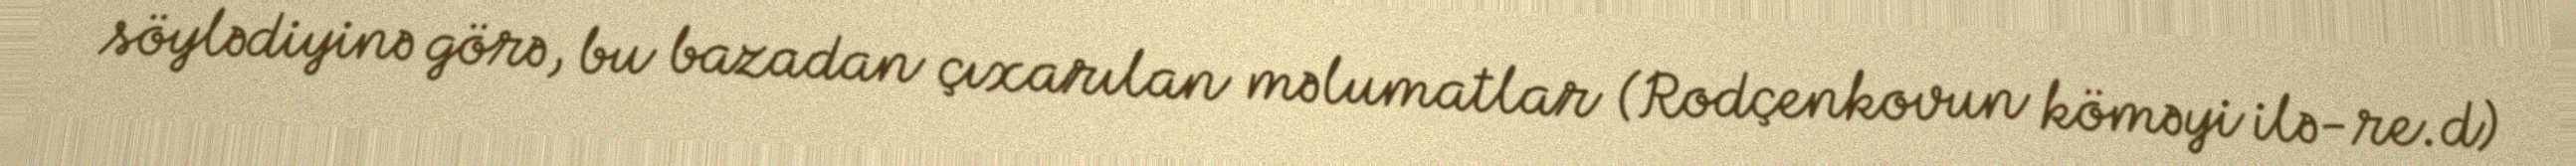
söylədiyinə görə, bu bazadan çıxarılan məlumatlar (Rodçenkovun köməyi ilə-re.d)